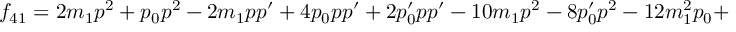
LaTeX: f _ { 4 1 } = 2 m _ { 1 } p ^ { 2 } + p _ { 0 } p ^ { 2 } - 2 m _ { 1 } p p ^ { \prime } + 4 p _ { 0 } p p ^ { \prime } + 2 p _ { 0 } ^ { \prime } p p ^ { \prime } - 1 0 m _ { 1 } p ^ { 2 } - 8 p _ { 0 } ^ { \prime } p ^ { 2 } - 1 2 m _ { 1 } ^ { 2 } p _ { 0 } +